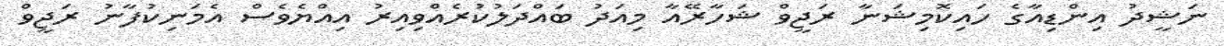
ނަޝީދު އިންޑިއާގެ ހައިކޮމިޝަނާ ރަޖީވް ޝަހާރޭއާ މިއަދު ބައްދަލުކުރެއްވިއިރު އިއްޔެވެސް އެމަނިކުފާނު ރަޖީވް